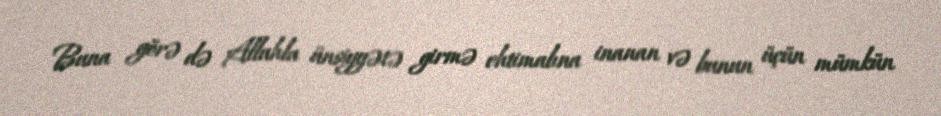
Buna görə də Allahla ünsiyyətə girmə ehtimalına inanan və bunun üçün mümkün